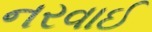
નરવાઈ